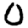
Digit: 0